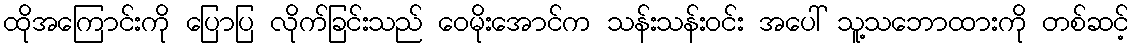
ထိုအကြောင်းကို ပြောပြ လိုက်ခြင်းသည် ဝေမိုးအောင်က သန်းသန်းဝင်း အပေါ် သူ့သဘောထားကို တစ်ဆင့်